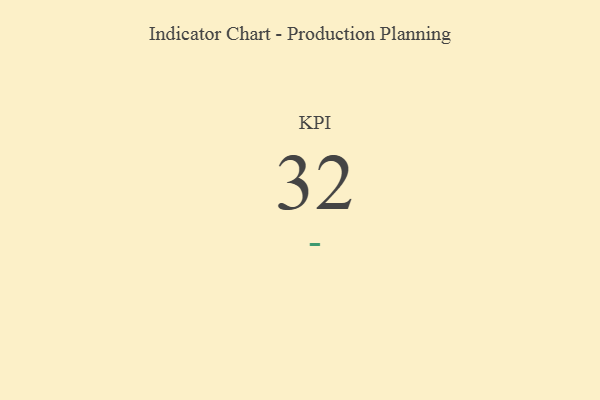
{"axis": {"x": "KPI", "y": "Value"}, "legend": [""], "data": [{"x": "KPI", "y": 32, "type": ""}]}